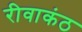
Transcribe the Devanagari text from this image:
रीवाकंठ